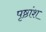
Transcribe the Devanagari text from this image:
पृष्ठांश